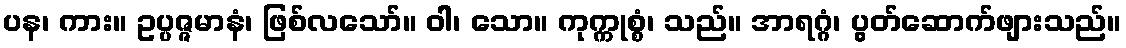
ပန၊ ကား။ ဥပ္ပဇ္ဇမာနံ၊ ဖြစ်လသော်။ ဝါ၊ သော။ ကုက္ကုစ္စံ၊ သည်။ အာရဂ္ဂံ၊ ပွတ်ဆောက်ဖျားသည်။